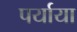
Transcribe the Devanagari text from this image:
पर्याया